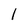
Character: l